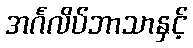
အင်္ဂလိပ်ဘာသာနှင့်